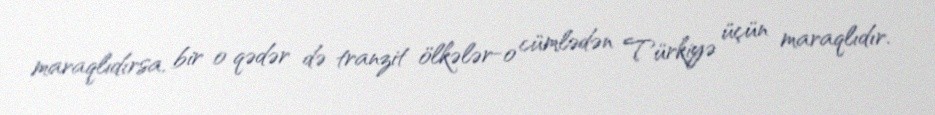
maraqlıdırsa, bir o qədər də tranzit ölkələr-o cümlədən Türkiyə üçün maraqlıdır.